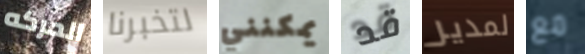
الحركه لتخبرنا يمكنني قد لمدير مع